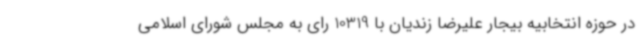
در حوزه انتخابیه بیجار علیرضا زندیان با 10319 رای به مجلس شورای اسلامی